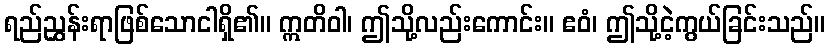
ရည်ညွှန်းရာဖြစ်သောငါရှိ၏။ ဣတိဝါ၊ ဤသို့လည်းကောင်း။ ဧဝံ၊ ဤသို့ငဲ့ကွယ်ခြင်းသည်။